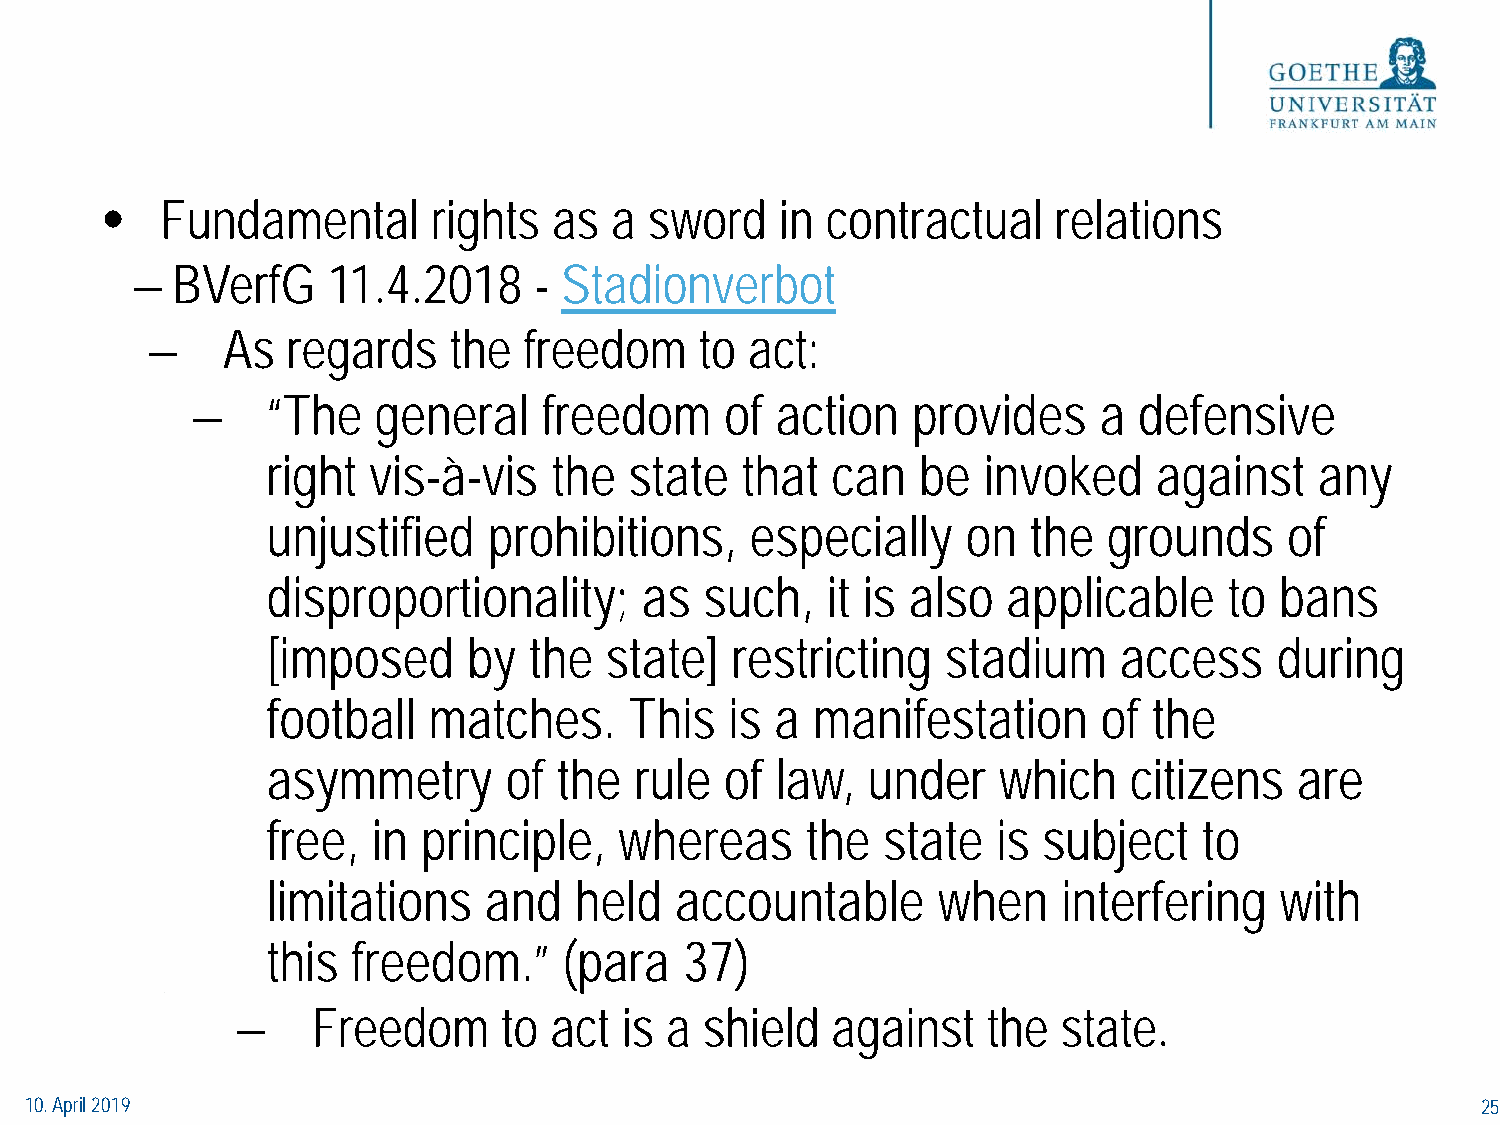
•   Fundamental       rights  as a  sword    in contractual    relations
 − BVerfG     11.4.2018    - Stadionverbot
 −    As  regards    the  freedom    to  act:
 −    “The   general    freedom     of action   provides     a defensive
 right vis-à-vis    the  state  that  can   be  invoked     against   any
 unjustified   prohibitions,     especially    on  the  grounds     of
 disproportionality;     as   such,   it is also  applicable    to  bans
 [imposed     by  the  state]  restricting    stadium    access     during
 football  matches.      This  is a  manifestation      of the
 asymmetry      of  the  rule  of law,  under    which    citizens   are
 free,  in principle,   whereas     the  state   is subject    to
 limitations   and   held   accountable      when    interfering    with
 this freedom.”     (para   37)
 −    Freedom     to act  is a  shield  against   the  state.
 10. April 2019                                                                                  25